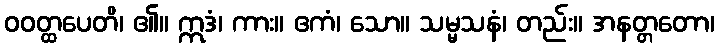
ဝဝတ္ထပေတိ၊ ၏။ ဣဒံ၊ ကား။ ဧကံ၊ သော။ သမ္မသနံ၊ တည်း။ အနတ္တတော၊